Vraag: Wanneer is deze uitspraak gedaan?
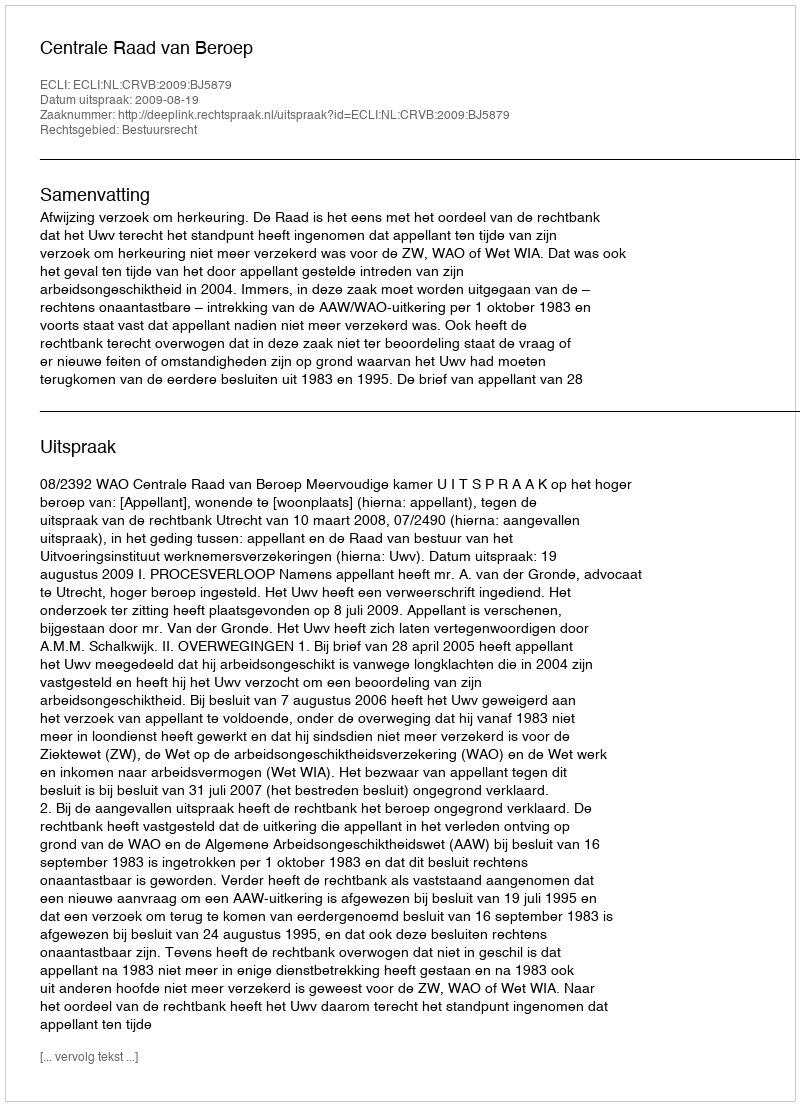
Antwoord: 2009-08-19